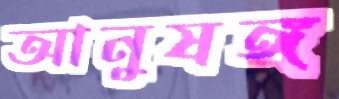
আনুষঙ্গ